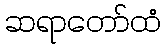
ဆရာတော်ထံ